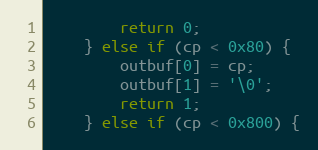
Language: C++
		return 0;
	} else if (cp < 0x80) {
		outbuf[0] = cp;
		outbuf[1] = '\0';
		return 1;
	} else if (cp < 0x800) {